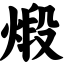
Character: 煅